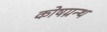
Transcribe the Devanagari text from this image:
कोषग्रन्थ